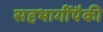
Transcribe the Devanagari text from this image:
सहभागींपैकी